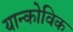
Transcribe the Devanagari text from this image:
यान्कोविक